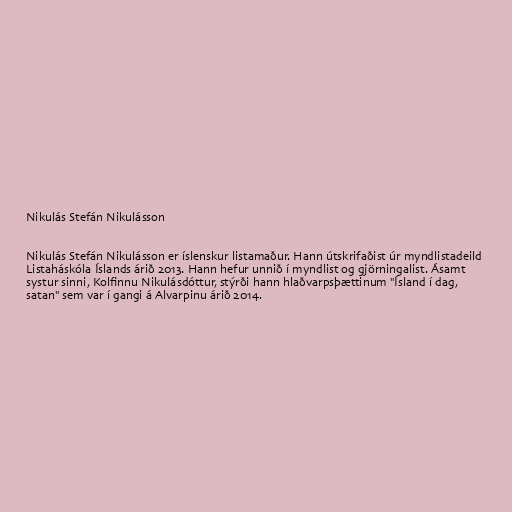
Nikulás Stefán Nikulásson

Nikulás Stefán Nikulásson er íslenskur listamaður. Hann útskrifaðist úr myndlistadeild
Listaháskóla Íslands árið 2013. Hann hefur unnið í myndlist og gjörningalist. Ásamt
systur sinni, Kolfinnu Nikulásdóttur, stýrði hann hlaðvarpsþættinum "Ísland í dag,
satan" sem var í gangi á Alvarpinu árið 2014.